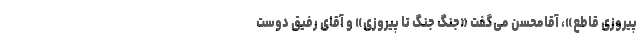
پیروزی قاطع»، آقامحسن می‌گفت «جنگ جنگ تا پیروزی» و آقای رفیق دوست